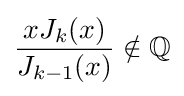
{\frac {xJ_{k}(x)}{J_{k-1}(x)}}\notin \mathbb {Q}